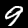
Label: 9